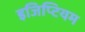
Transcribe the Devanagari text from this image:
इजिप्टियम